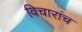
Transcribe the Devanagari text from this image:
विचारांच